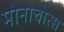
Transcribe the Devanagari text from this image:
मोनोचोत्स